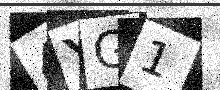
Text: 4YG1